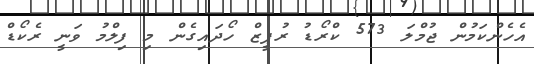
އެހެންކަމުން ޖުމްލަ 573 ކްރޯޑު ރުޕީޒް ހޯދައިގެން މި ފިލްމު ވަނީ ރެކޯޑް